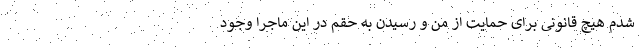
شدم هیچ قانونی برای حمایت از من و رسیدن به حقم در این ماجرا وجود